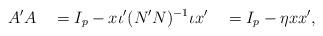
LaTeX: \begin{align*}A'A \quad= I_p - x\iota'(N'N)^{-1}\iota x' \quad= I_p - \eta xx',\end{align*}